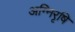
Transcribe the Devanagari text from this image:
अग्निरृषि